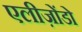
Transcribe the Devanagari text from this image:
एलीज़ोंडो